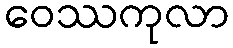
ဝေဿကုလာ